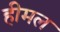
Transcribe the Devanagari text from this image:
हीमल